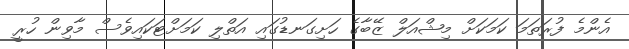
އެންމެ ފުރަތަމަ ކަމަކަށް މިޝްއަލް ޒޭބާގެ ހަށިގަނޑުގައި އަތްލި ކަމަށްޓަކައިވެސް މާވިން ހުރީ